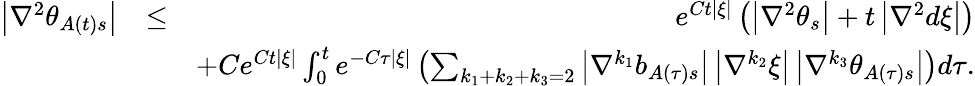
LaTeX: \begin{array}{rlr}{\left\vert\nabla^{2}\theta_{A\left(t\right)s}\right\vert}&{\leq}&{e^{Ct\left\vert\xi\right\vert}\left(\left\vert\nabla^{2}\theta_{s}\right\vert+t\left\vert\nabla^{2}d\xi\right\vert\right)}\\ &{}&{+Ce^{Ct\left\vert\xi\right\vert}\int_{0}^{t}e^{-C\tau\left\vert\xi\right\vert}\left(\sum_{k_{1}+k_{2}+k_{3}=2}\left\vert\nabla^{k_{1}}b_{A\left(\tau\right)s}\right\vert\left\vert\nabla^{k_{2}}\xi\right\vert\left\vert\nabla^{k_{3}}\theta_{A\left(\tau\right)s}\right\vert\right)d\tau.}\end{array}